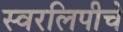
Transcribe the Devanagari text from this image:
स्वरलिपीचे